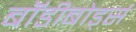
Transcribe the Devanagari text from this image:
बॉडीबोर्ड्स